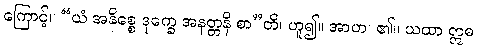
ကြောင့်။ “ယံ အနိစ္စေ ဒုက္ခေ အနတ္တနိ စာ”တိ၊ ဟူ၍။ အာဟ၊ ၏။ ယထာ ဣဓ